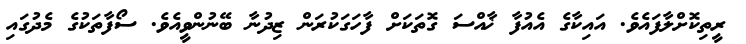
ރީތިކޮށްލާފައެވެ. އައިކާގެ އެއުފާ ޚާއްސަ ގޮތަކަށް ފާހަގަކުރަން ޒިދުނާ ބޭނުންވީއެވެ. ސޯފާތަކުގެ މެދުގައި